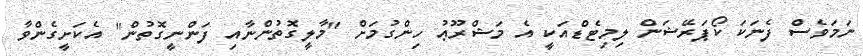
ނަމަވެސް ފެނަކަ ކޯޕަރޭޝަން ލިމިޓެޑްއަކީ އެ މަޝްރޫޢު ހިންގުމަށް "މާލީގޮތުންނާއި ފަންނީގޮތުން" އެކަށީގެންވާ